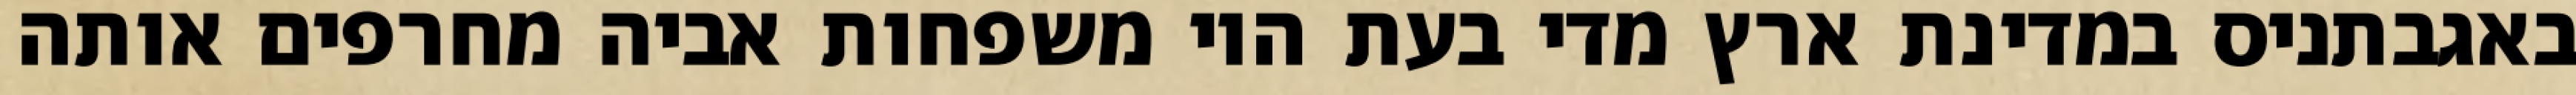
באגבתניס במדינת ארץ מדי בעת היו משפחות אביה מחרפים אותה